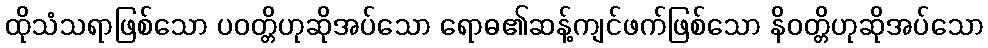
ထိုသံသရာဖြစ်သော ပဝတ္တိဟုဆိုအပ်သော ရောဓ၏ဆန့်ကျင်ဖက်ဖြစ်သော နိဝတ္တိဟုဆိုအပ်သော